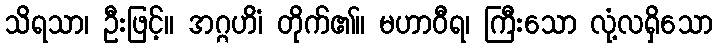
သိရသာ၊ ဦးဖြင့်။ အဂ္ဂဟိံ၊ တိုက်၏။ မဟာဝီရ၊ ကြီးသော လုံ့လရှိသော